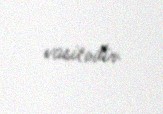
vasitədir.